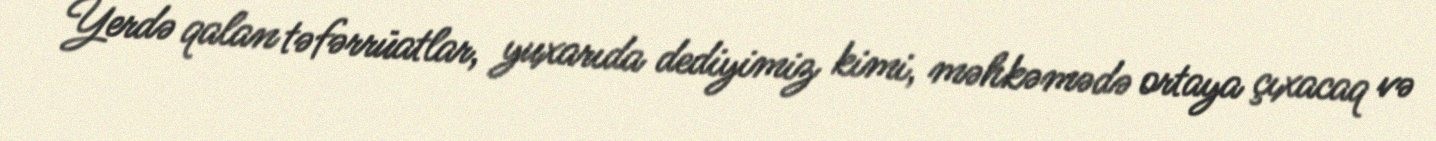
Yerdə qalan təfərrüatlar, yuxarıda dediyimiz kimi, məhkəmədə ortaya çıxacaq və